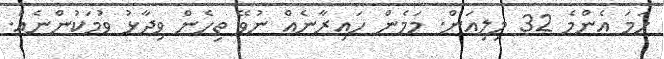
ހަމަ އެންމެ 32 މިލިއަން. މަމެން ހައިރާނެއް ނުވޭ ތިހެން ވިދާޅު ވުމަކުންނެއް.